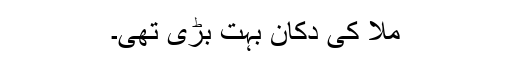
ملّا کی دکان بہت بڑی تھی۔